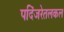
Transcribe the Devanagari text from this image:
पदिंजरेतलकल